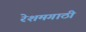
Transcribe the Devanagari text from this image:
रेशमगाठी